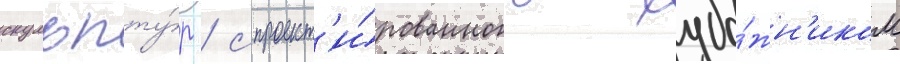
скульпту́р / спроект'и́рованного худо́жн'иком